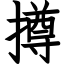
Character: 撙